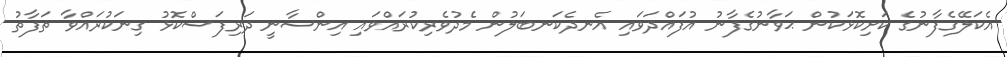
އެކަލޭގެފާނުގެ ކަށިކޮޅަކުން ޙަވާނުގެފާނު އުފައްދަވައި އެނދެކަނބަލުން މެދުވެރިކުރައްވައި އިންސާނީ ދަރިފަސްކޮޅު ގިނަކުރައްވާ ތަފާތު